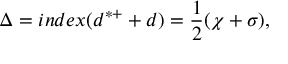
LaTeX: \Delta = i n d e x ( d ^ { * + } + d ) = \frac { 1 } { 2 } ( \chi + \sigma ) ,